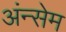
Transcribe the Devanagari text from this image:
अंन्सेम